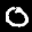
Label: 0